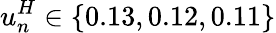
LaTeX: u_{n}^{H}\in\{ 0.13,0.12,0.11\}